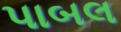
પાબલ